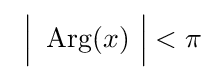
~{\Bigl |}\ \operatorname {Arg} (x)\ {\Bigr |}<\pi \